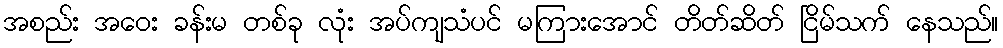
အစည်း အဝေး ခန်းမ တစ်ခု လုံး အပ်ကျသံပင် မကြားအောင် တိတ်ဆိတ် ငြိမ်သက် နေသည်။